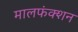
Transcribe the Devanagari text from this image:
मालफंक्शन